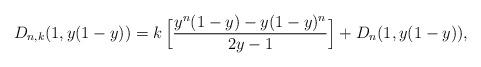
LaTeX: \begin{align*}D_{n,k}(1,y(1-y))&=k\,\Big[ \displaystyle\frac{y^n(1-y)-y(1-y)^n}{2y-1}\Big]+D_n(1,y(1-y)),\end{align*}